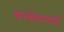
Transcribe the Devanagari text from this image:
वाल्हेकरवाडी